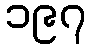
၁၉၇